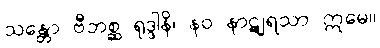
သန္တော ဗီဘစ္ဆ ရုဒ္ဒါနိ၊ နဝ နာဋျရသာ ဣမေ။